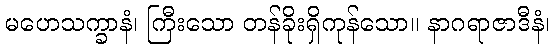
မဟေသက္ခာနံ၊ ကြီးသော တန်ခိုးရှိကုန်သော။ နာဂရာဇာဒီနံ၊